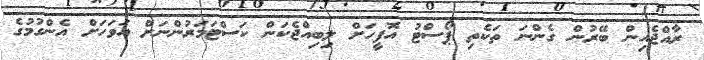
ރާއްޖެއިން ބޭރުން ގެންނަ ތަކެތި ޕޯސްޓު އޮފީހަށް ލިބިއްޖެކަން ކަސްޓަމަރުންނަށް އަވަހަށް އެންގުމުގެ